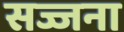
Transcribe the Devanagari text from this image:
सज्जना